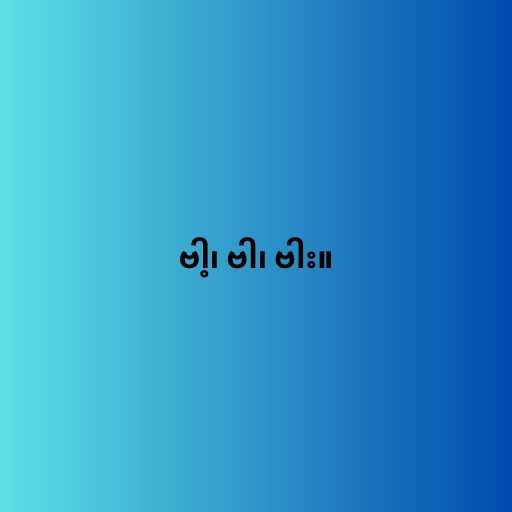
ဗါ့၊ ဗါ၊ ဗါး။